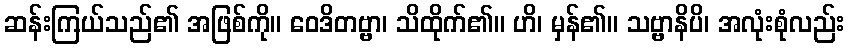
ဆန်းကြယ်သည်၏ အဖြစ်ကို။ ဝေဒိတဗ္ဗာ၊ သိထိုက်၏။ ဟိ၊ မှန်၏။ သဗ္ဗာနိပိ၊ အလုံးစုံလည်း